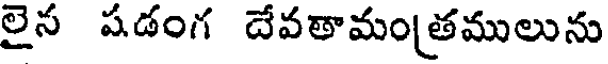
లైన షడంగ దేవతామం[తములును